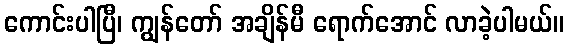
ကောင်းပါပြီ၊ ကျွန်တော် အချိန်မီ ရောက်အောင် လာခဲ့ပါမယ်။